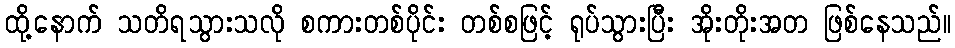
ထို့နောက် သတိရသွားသလို စကားတစ်ပိုင်း တစ်စဖြင့် ရုပ်သွားပြီး အိုးတိုးအတ ဖြစ်နေသည်။